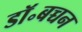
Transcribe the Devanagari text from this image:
डॉ॰बच्चन